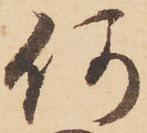
何